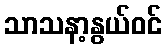
သာသနာ့နွယ်ဝင်